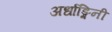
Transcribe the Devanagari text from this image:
अर्धाङ्गिनी